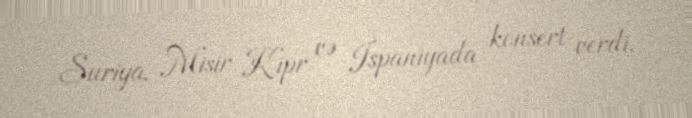
Suriya, Misir Kipr və İspaniyada konsert verdi.